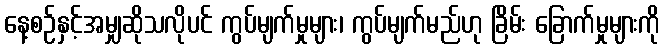
နေ့စဉ်နှင့်အမျှဆိုသလိုပင် ကွပ်မျက်မှုများ၊ ကွပ်မျက်မည်ဟု ခြိမ်း ခြောက်မှုများကို